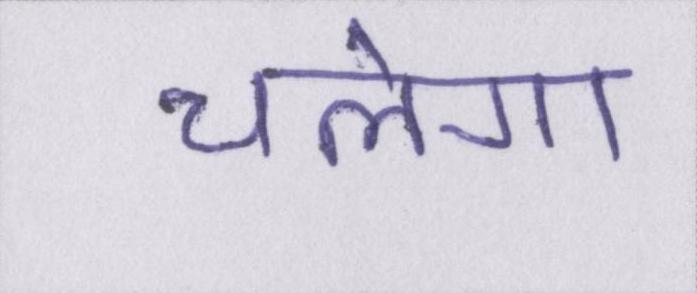
चलेगा